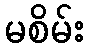
မစိမ်း